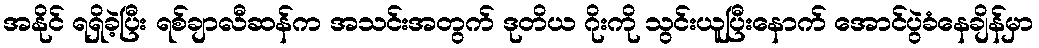
အနိုင် ရရှိခဲ့ပြီး ရစ်ချာလီဆန်က အသင်းအတွက် ဒုတိယ ဂိုးကို သွင်းယူပြီးနောက် အောင်ပွဲခံနေချိန်မှာ